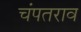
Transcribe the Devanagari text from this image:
चंपतराव